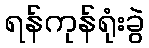
ရန်ကုန်ရုံးခွဲ